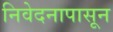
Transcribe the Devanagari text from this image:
निवेदनापासून